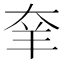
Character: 羍